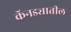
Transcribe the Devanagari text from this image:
कॅनड्यातील